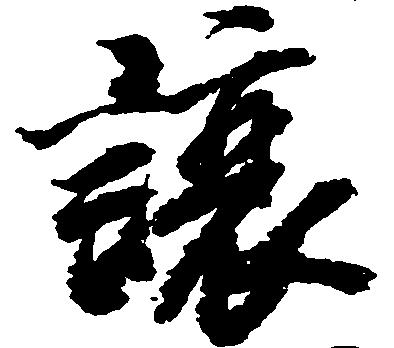
譲